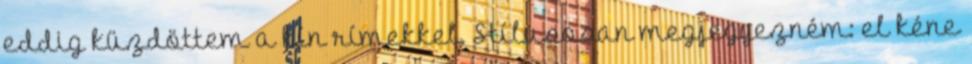
eddig küzdöttem a kín rímekkel. Stílusosan megjegyezném: el kéne